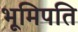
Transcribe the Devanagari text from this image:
भूमिपति